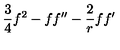
{ \frac { 3 } { 4 } } f ^ { 2 } - f f ^ { \prime \prime } - { \frac { 2 } { r } } f f ^ { \prime }